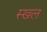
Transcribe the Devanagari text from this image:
स्खल